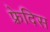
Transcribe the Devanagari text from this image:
फ़्रेदिस